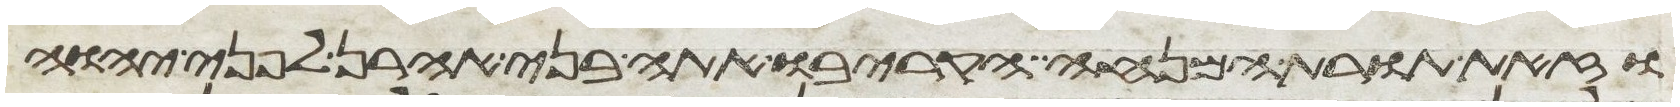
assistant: וזאת תורת המנחה הקריבו אתה בני אהרן לפני יהוה